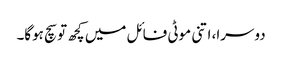
دوسرا، اتنی موٹی فائل میں کچھ تو سچ ہوگا۔